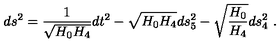
d s ^ { 2 } = \frac { 1 } { \sqrt { H _ { 0 } H _ { 4 } } } d t ^ { 2 } - \sqrt { H _ { 0 } H _ { 4 } } d s _ { 5 } ^ { 2 } - \sqrt { \frac { H _ { 0 } } { H _ { 4 } } } d s _ { 4 } ^ { 2 } \ .